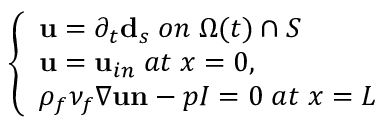
\left\{ \begin{array} { l l } { \mathbf { u } = \partial _ { t } \mathbf { d } _ { s } \; o n \; \Omega ( t ) \cap S } \\ { \mathbf { u } = \mathbf { u } _ { i n } \; a t \; x = 0 , } \\ { \rho _ { f } \nu _ { f } \nabla \mathbf { u } \mathbf { n } - p I = 0 \; a t \; x = L } \end{array} \right.